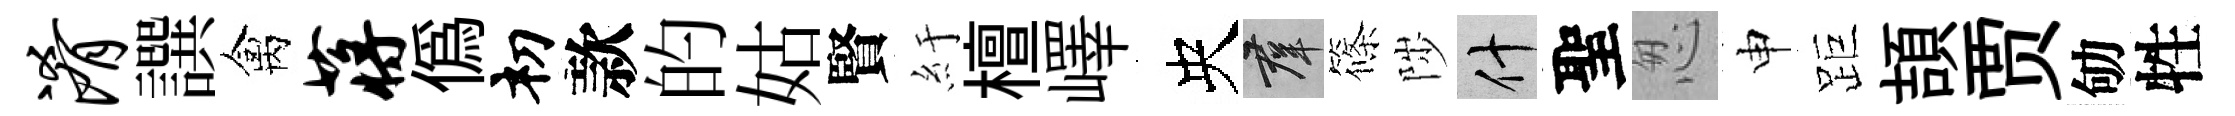
淆譔禽蒋偽𥘉款的姑賢紆檀嶧央群篠陟什聖怱申距頡贾劬牲